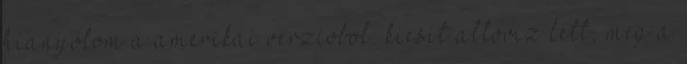
hianyolom a amerikai verziobol. kicsit alloviz lett, meg a